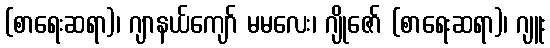
(စာရေးဆရာ)၊ ဂျာနယ်ကျော် မမလေး၊ ဂျိုဇော် (စာရေးဆရာ)၊ ဂျူး